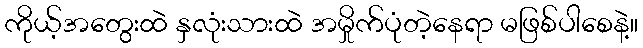
ကိုယ့်အတွေးထဲ နှလုံးသားထဲ အမှိုက်ပုံတဲ့နေရာ မဖြစ်ပါစေနဲ့။